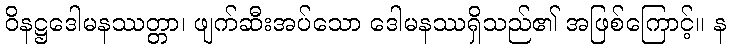
ဝိနဋ္ဌဒေါမနဿတ္တာ၊ ဖျက်ဆီးအပ်သော ဒေါမနဿရှိသည်၏ အဖြစ်ကြောင့်။ န